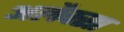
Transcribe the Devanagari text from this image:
अलैक्सा